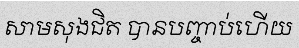
សាមសុងជិត បានបញ្ចាប់ហើយ